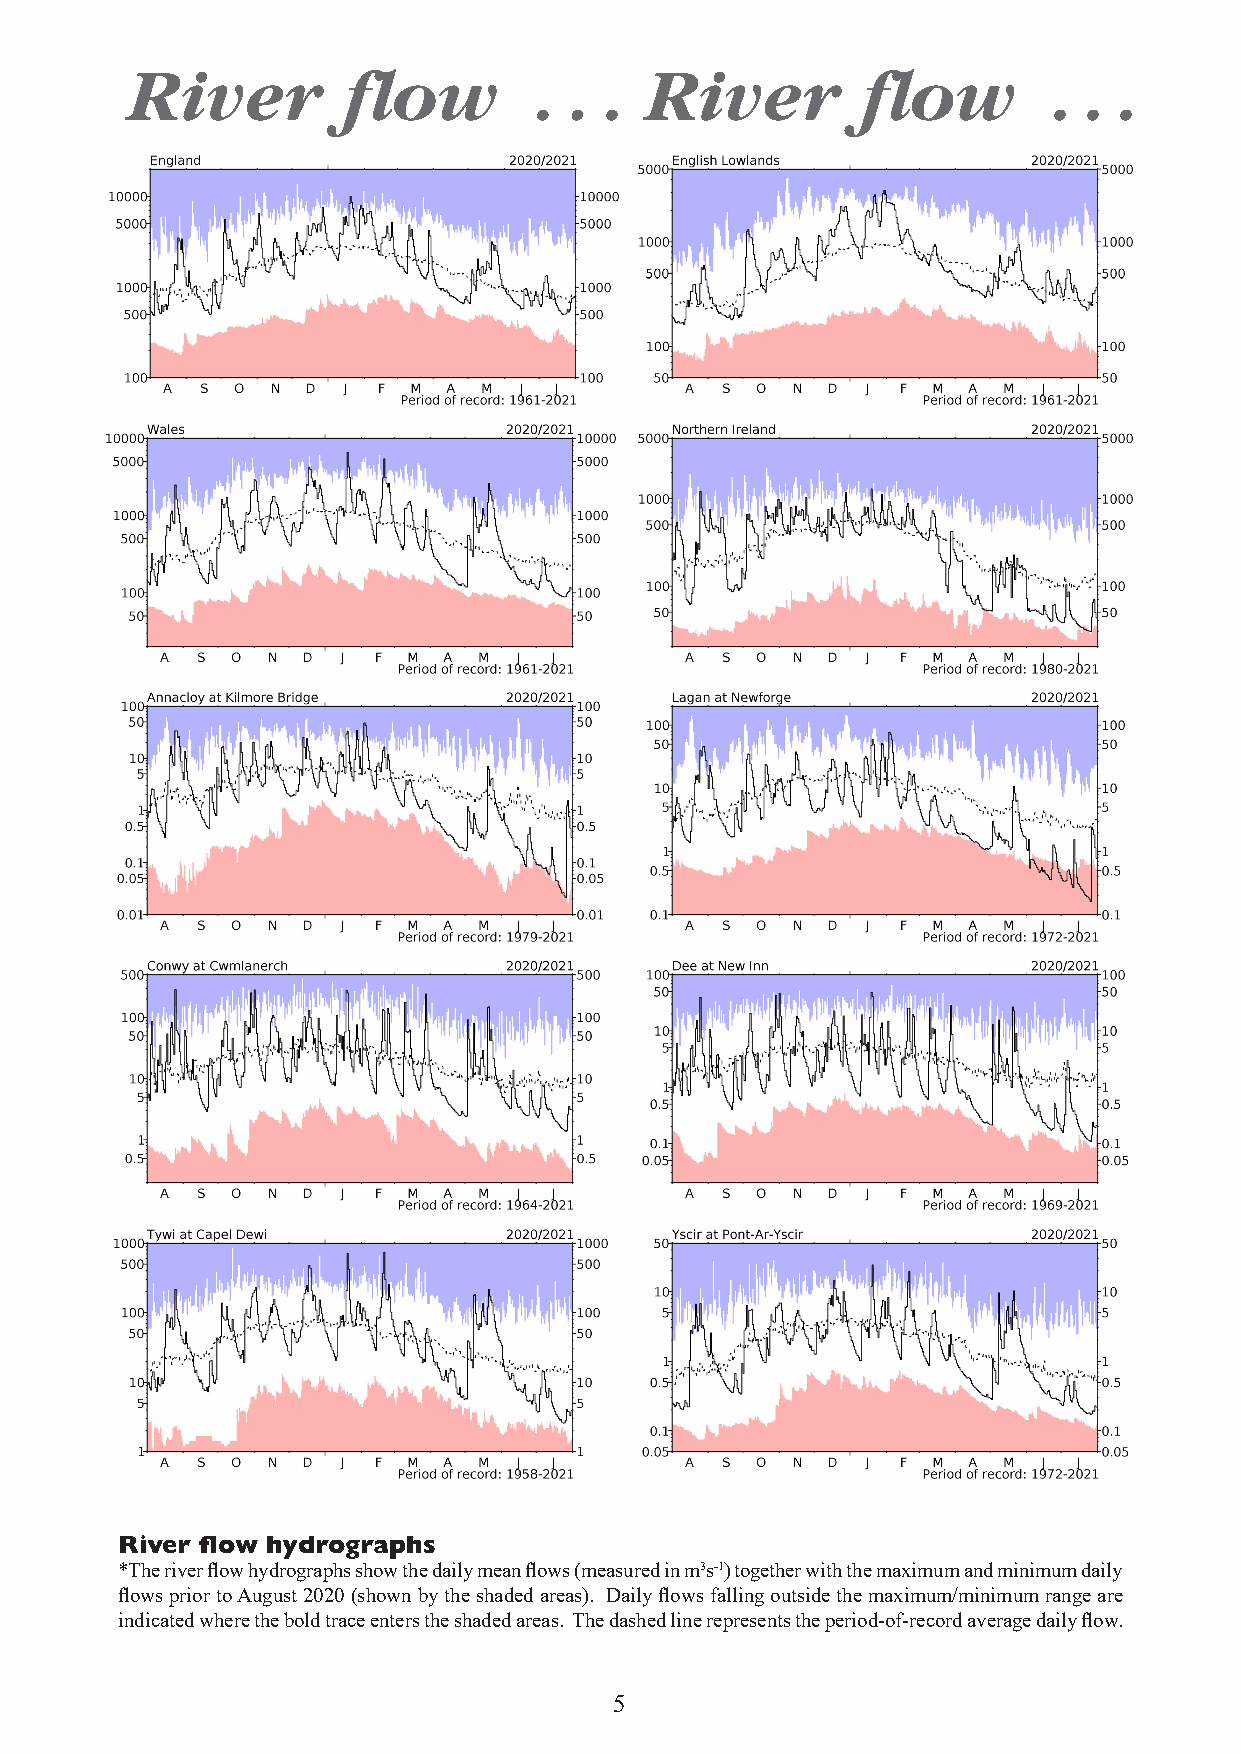
River          flow        .  . . River          flow         . . .
 River flow hydrographs
 *The river flow hydrographs show the daily mean flows (measured in m3s-1) together with the maximum and minimum daily
 flows prior to August 2020 (shown by the shaded areas). Daily flows falling outside the maximum/minimum range are
 indicated where the bold trace enters the shaded areas. The dashed line represents the period-of-record average daily flow.
 5